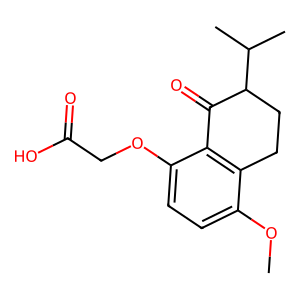
SMILES: COc1ccc(OCC(=O)O)c2c1CCC(C(C)C)C2=O
Inhibits HIV replication: No